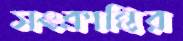
সংক্রান্তির